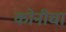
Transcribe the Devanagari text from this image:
कोनीचा